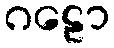
ဂဠော